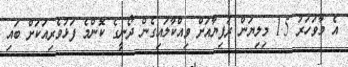
އެ މާވަހަރު 1.5 މިލިޔަން ރުފިޔާއަށް ވިއްކާލައިގެން ދޯނީގެ ކޮންމެ ފަޅުވެރިއަކަށް ބައި